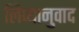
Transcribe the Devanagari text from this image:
लिप्यानुवाद